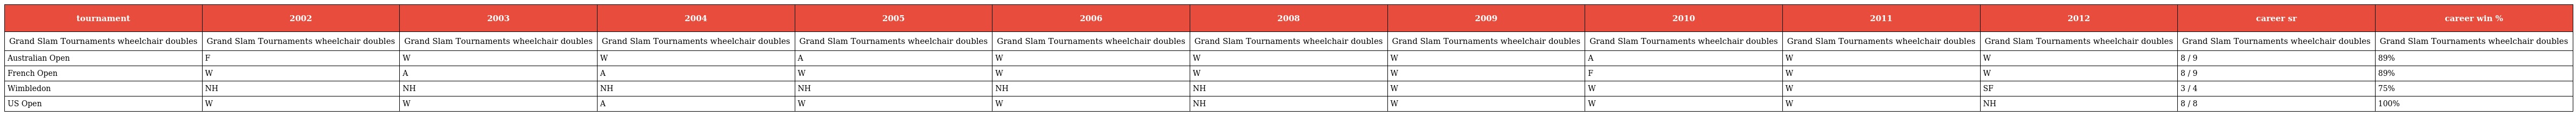
| tournament | 2002 | 2003 | 2004 | 2005 | 2006 | 2008 | 2009 | 2010 | 2011 | 2012 | career sr | career win % |
 | --- | --- | --- | --- | --- | --- | --- | --- | --- | --- | --- | --- | --- |
 | Grand Slam Tournaments wheelchair doubles | Grand Slam Tournaments wheelchair doubles | Grand Slam Tournaments wheelchair doubles | Grand Slam Tournaments wheelchair doubles | Grand Slam Tournaments wheelchair doubles | Grand Slam Tournaments wheelchair doubles | Grand Slam Tournaments wheelchair doubles | Grand Slam Tournaments wheelchair doubles | Grand Slam Tournaments wheelchair doubles | Grand Slam Tournaments wheelchair doubles | Grand Slam Tournaments wheelchair doubles | Grand Slam Tournaments wheelchair doubles | Grand Slam Tournaments wheelchair doubles |
 | Australian Open | F | W | W | A | W | W | W | A | W | W | 8 / 9 | 89% |
 | French Open | W | A | A | W | W | W | W | F | W | W | 8 / 9 | 89% |
 | Wimbledon | NH | NH | NH | NH | NH | NH | W | W | W | SF | 3 / 4 | 75% |
 | US Open | W | W | A | W | W | NH | W | W | W | NH | 8 / 8 | 100% |